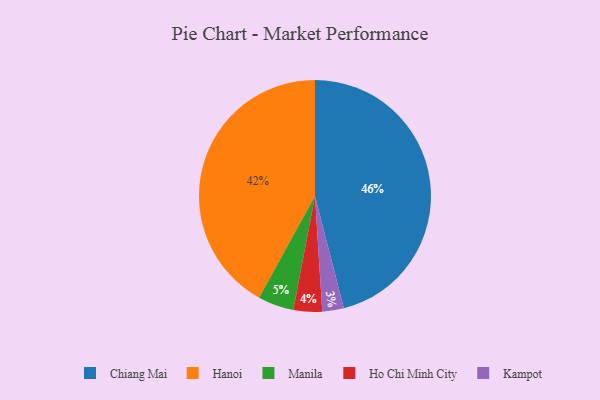
{"axis": {"x": "Category", "y": "Percentage"}, "legend": ["Chiang Mai", "Hanoi", "Ho Chi Minh City", "Kampot", "Manila"], "data": [{"x": "Ho Chi Minh City", "y": 4, "type": "Ho Chi Minh City"}, {"x": "Kampot", "y": 3, "type": "Kampot"}, {"x": "Hanoi", "y": 42, "type": "Hanoi"}, {"x": "Chiang Mai", "y": 46, "type": "Chiang Mai"}, {"x": "Manila", "y": 5, "type": "Manila"}]}